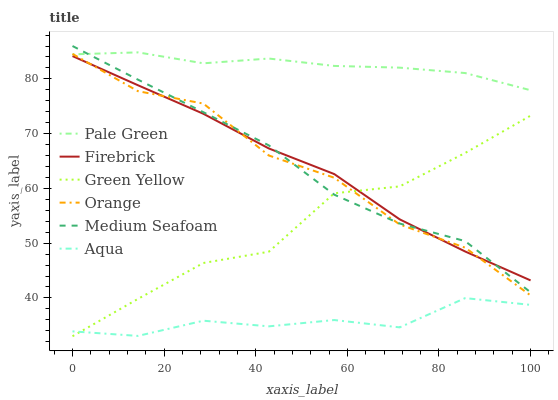
| xaxis_label | Pale Green | Firebrick | Green Yellow | Orange | Medium Seafoam | Aqua |
 | --- | --- | --- | --- | --- | --- | --- |
 | 0 | 84.5 | 84.2 | 33 | 84.6 | 86 | 33.9 |
 | 14.3 | 84.8 | 78.8 | 39.8 | 77.8 | 79.9 | 33.1 |
 | 28.6 | 82.8 | 73.6 | 46.4 | 75.5 | 73.9 | 35.8 |
 | 42.9 | 83.7 | 67.3 | 48.4 | 66 | 67.9 | 34.8 |
 | 57.1 | 82.4 | 62.6 | 59.1 | 61.9 | 58.9 | 36 |
 | 71.4 | 82 | 54.3 | 60.4 | 53.4 | 53.6 | 34.6 |
 | 85.7 | 81.1 | 48.5 | 66.5 | 49.2 | 50.4 | 40 |
 | 100 | 77.9 | 43.2 | 73.3 | 40.5 | 41 | 38.7 |